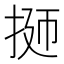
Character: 𭠹